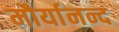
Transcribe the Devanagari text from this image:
मौर्यानन्द